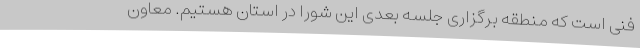
فنی است که منطقه برگزاری جلسه بعدی این شورا در استان هستیم. معاون